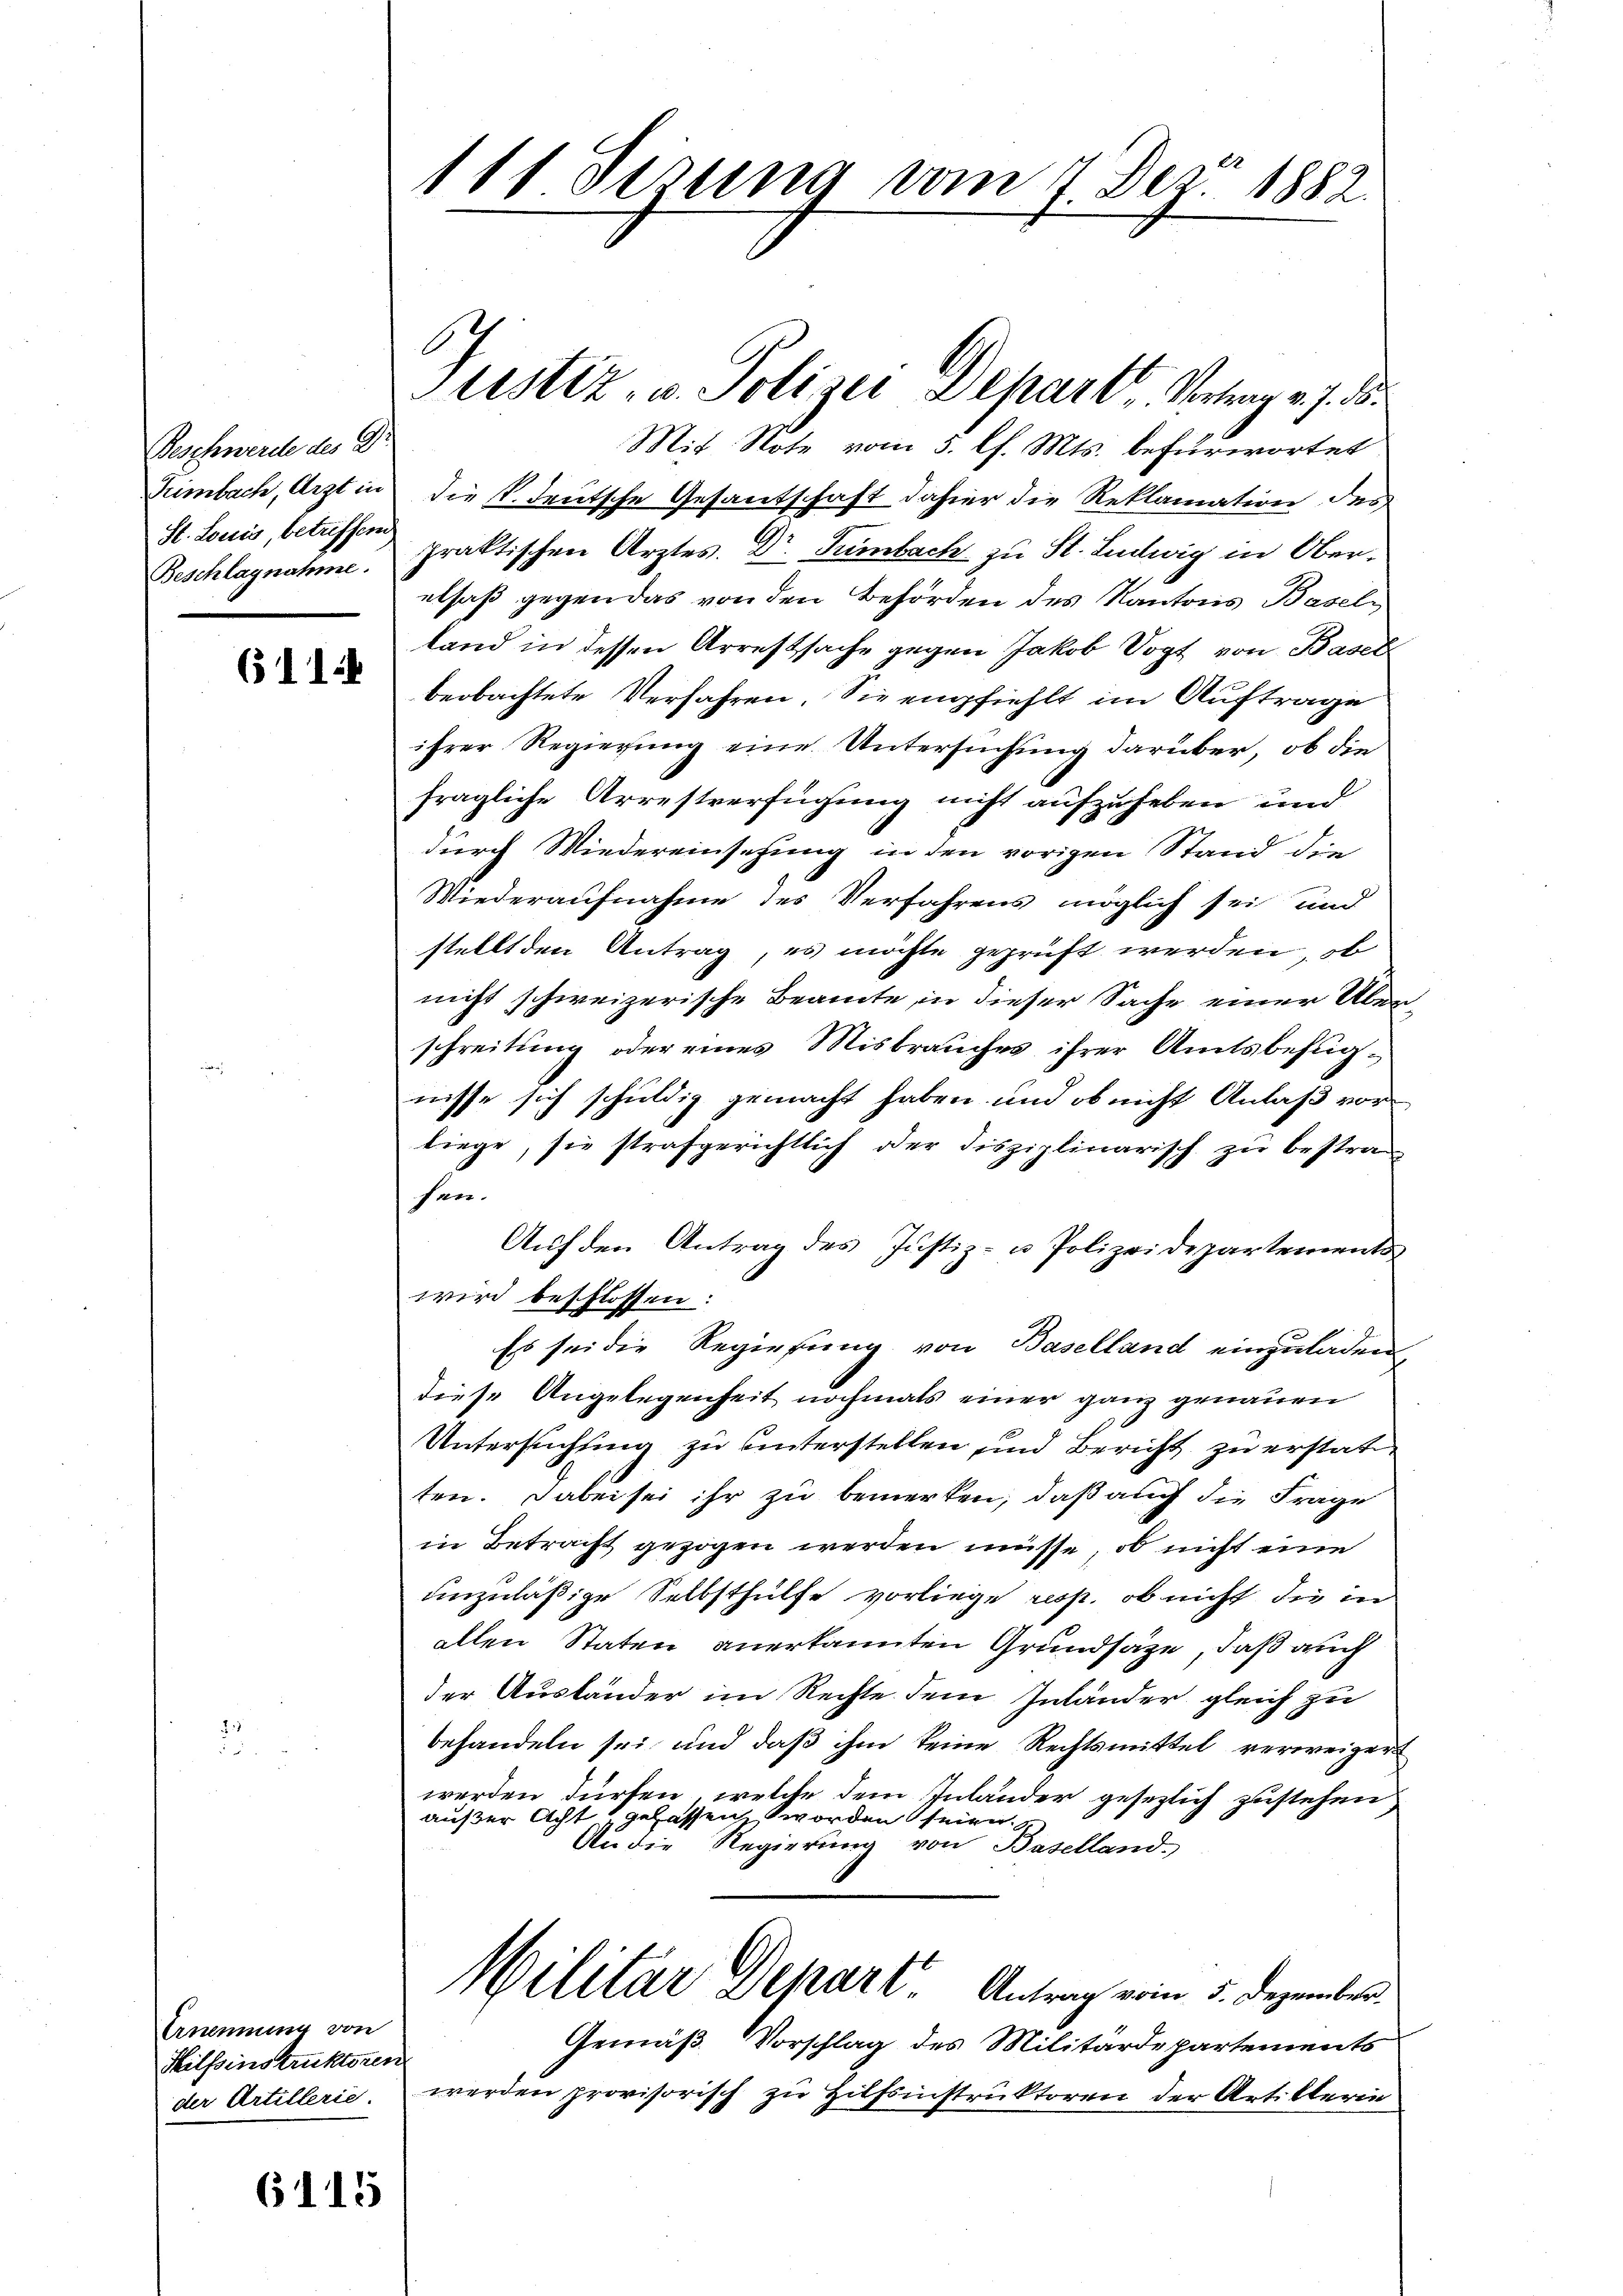
Beschwerde des Dr.
Teimbach, Arzt in
St. Louis, betreffend
Beschlagnahme.

611

Ernommen von
Hilfsinstruktoren
der Artillerie.

6115

111 derung vom 7. Dez. 1882.

Mit. Note vom 5. l. Mts. befürwortet
die S. Teutsche Gesantschaft dahier die Reklamation des
praktischen Arztes. Dr. Trimbach zu St. Ludwig in Oberetsaß gegen das von den Behörden des Kantons Basel,
land in dessen Arrestsache gegen Jakob Vogt von Basel
beobachtete Verfahren. Sie empfiehlt im Auftrage
ihrer Regierung eine Untersuchung darüber, ob die
fragliche Arrestverfügung nicht aufzuheben und
durch Wiedereinsetzung in den vorigen Stand die
Wiederaufnahme des Verfahrens möglich sei und
stellt den Antrag, es möchte geprüft werden, ob
nicht schweizerische Beamte, in dieser Sache einer Überschreitung oder eines Misbrauches ihrer Amtsbefugnisse sich schuldig gemacht haben und ob nicht Anlaß vorliege, sie strafgerichtlich oder disziplinarisch zu bestrasen.
Auf den Antrag des Justiz- u. Polizeidepartements
wird beschlossen:
Es sei die Regierung von Baselland einzuladen
diese Angelegenheit nochmals einer ganz genauen
Untersuchung zu hinterstellen, und Bericht zu erstatten. Dabei sei ihr zu bemerken, daß auch die Frage
in Betracht gezogen werden müsse, ob nicht eine
unzuläßige Selbsthülfe vorliege resp. ob nicht die in
allen Staten anerkannten Grundsätze, daß auch
der Ausländer im Rechte dem Inländer gleich zu
behandeln sei, und daß ihm keine Rechtsmittel verweigert
werden dürfen, welche dem Inländer gesezlich zustehen
außer Acht gelassen worden seien.
An die Regierung von Baselland.
Militar Depart Antrag vom 5. Dezember
Gemäß Vorschlag des Militärdepartements
werden provisorisch zu Hilfsinstruktoren der Artillerin

ustiz- u. Polizei Depart Vertrag v. J. S.